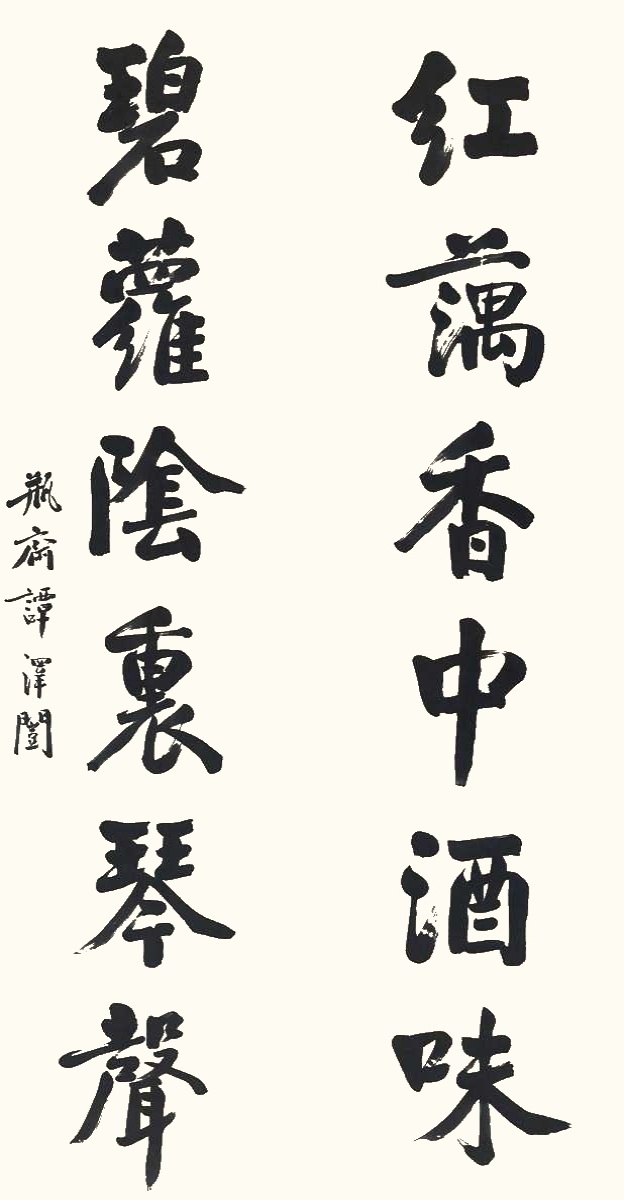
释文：红藕香中酒味，碧萝阴里琴声。瓶斋谭泽闿。